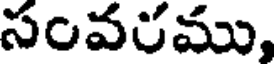
సంవరము,